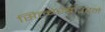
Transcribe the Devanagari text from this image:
सिल्बरबाउरने